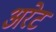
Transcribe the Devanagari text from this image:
अरेट